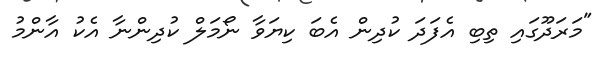
"މަރަދޫގައި ތިބި އެފަދަ ކުދިން އެބަ ކިޔަވާ ނޯމަލް ކުދިންނާ އެކު އާންމު